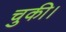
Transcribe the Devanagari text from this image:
चुकी।